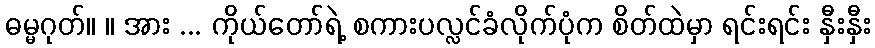
ဓမ္မဂုတ်။ ။ အား ... ကိုယ်တော်ရဲ့ စကားပလ္လင်ခံလိုက်ပုံက စိတ်ထဲမှာ ရင်းရင်း နှီးနှီး